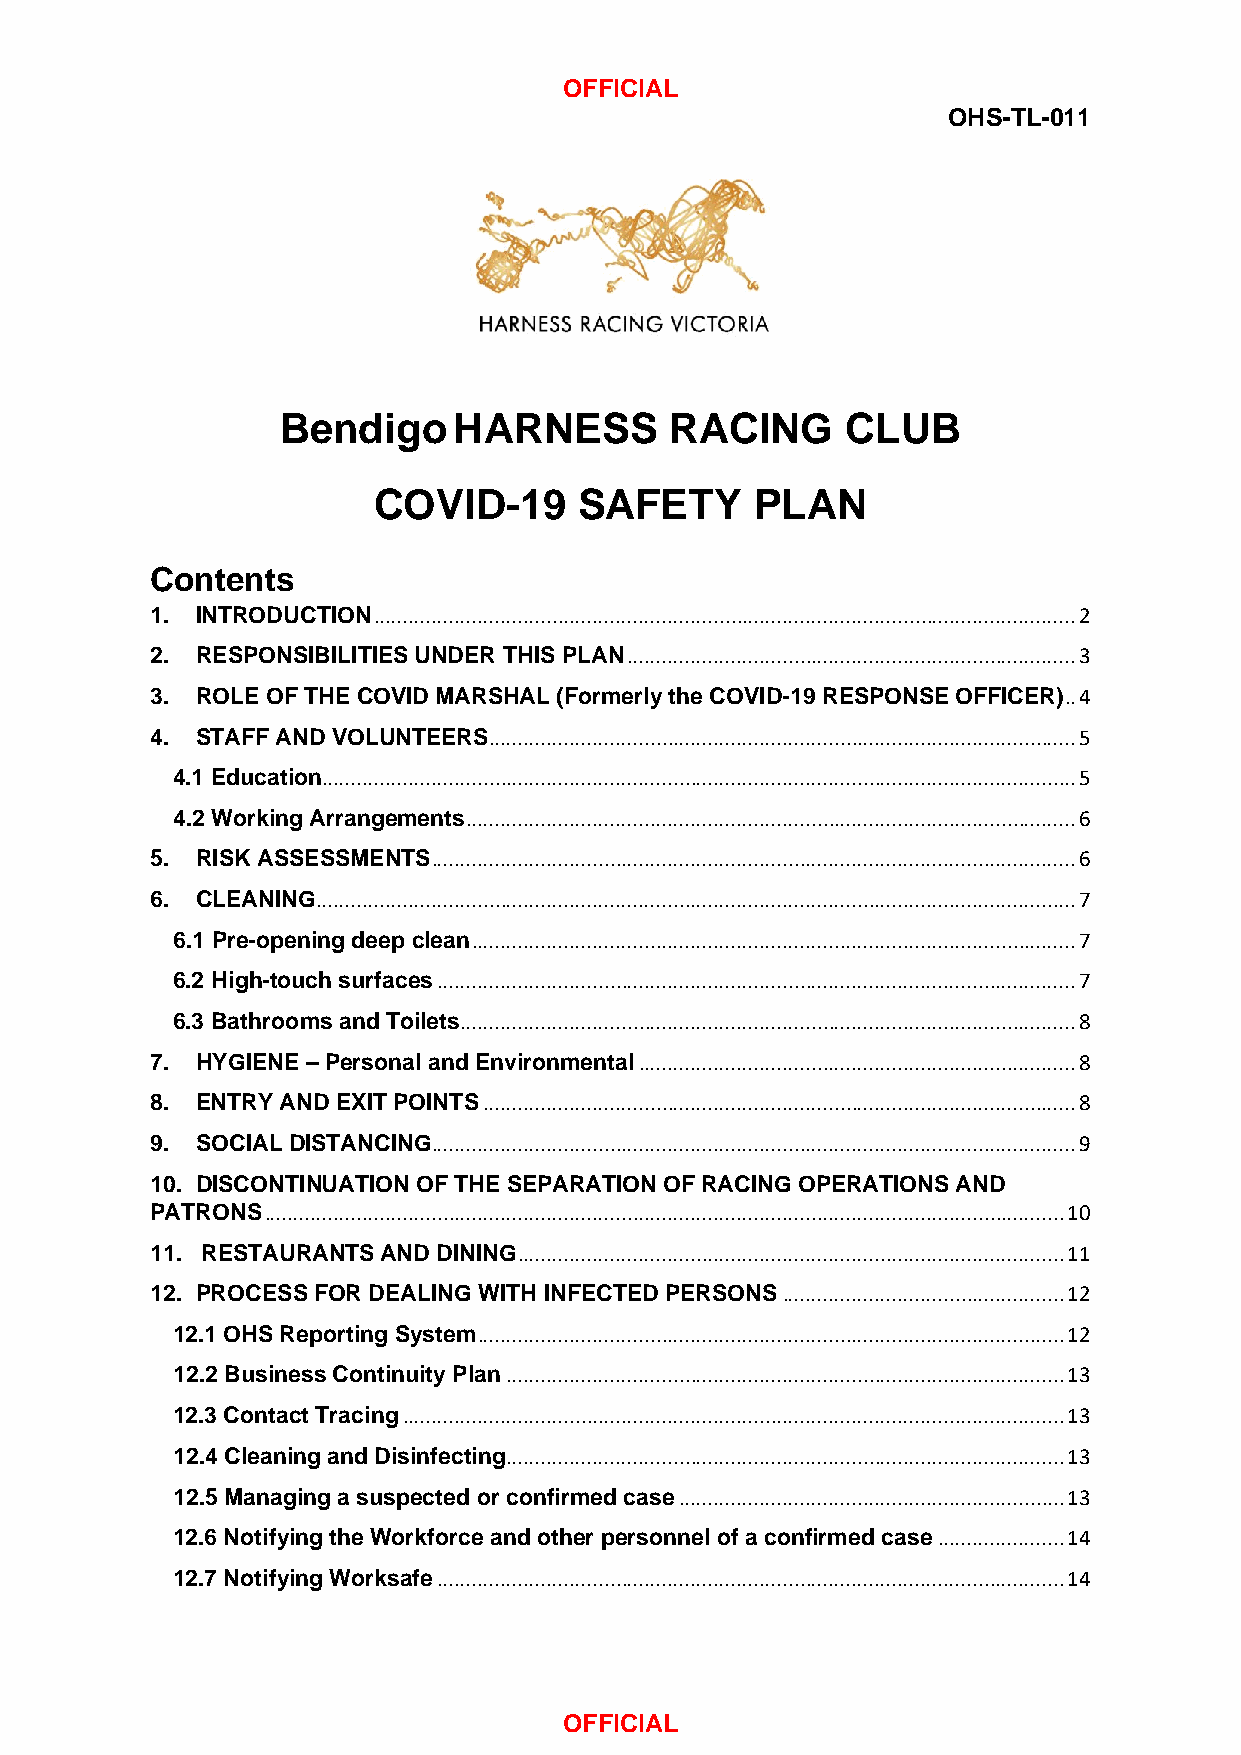
OFFICIAL
 OHS-TL-011
 BendigoHARNESS           RACING      CLUB
 COVID-19     SAFETY      PLAN
 Contents
 1. INTRODUCTION .......................................................................................................................... 2
 2. RESPONSIBILITIES UNDER THIS PLAN .............................................................................. 3
 3. ROLE OF THE COVID MARSHAL (Formerly the COVID-19 RESPONSE OFFICER) .. 4
 4. STAFF AND VOLUNTEERS ...................................................................................................... 5
 4.1 Education................................................................................................................................... 5
 4.2 Working Arrangements .......................................................................................................... 6
 5. RISK ASSESSMENTS ................................................................................................................ 6
 6. CLEANING .................................................................................................................................... 7
 6.1 Pre-opening deep clean ......................................................................................................... 7
 6.2 High-touch surfaces ............................................................................................................... 7
 6.3 Bathrooms and Toilets ........................................................................................................... 8
 7. HYGIENE – Personal and Environmental ............................................................................ 8
 8. ENTRY AND EXIT POINTS ....................................................................................................... 8
 9. SOCIAL DISTANCING................................................................................................................ 9
 10. DISCONTINUATION OF THE SEPARATION OF RACING OPERATIONS AND
 PATRONS ........................................................................................................................................... 10
 11. RESTAURANTS AND DINING ............................................................................................... 11
 12. PROCESS FOR DEALING WITH INFECTED PERSONS ................................................. 12
 12.1 OHS Reporting System ...................................................................................................... 12
 12.2 Business Continuity Plan ................................................................................................. 13
 12.3 Contact Tracing ................................................................................................................... 13
 12.4 Cleaning and Disinfecting ................................................................................................. 13
 12.5 Managing a suspected or confirmed case ................................................................... 13
 12.6 Notifying the Workforce and other personnel of a confirmed case ...................... 14
 12.7 Notifying Worksafe ............................................................................................................. 14
 OFFICIAL